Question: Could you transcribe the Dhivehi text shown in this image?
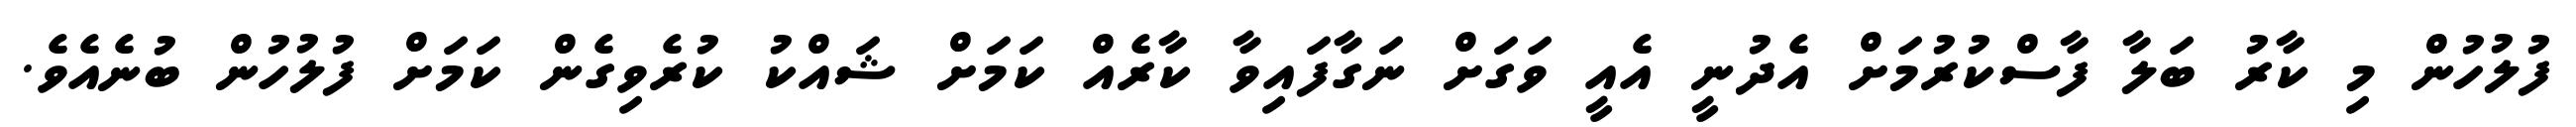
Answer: ފުލުހުން މި ކާރު ބަލާ ފާސްކުރުމަށް އެދުނީ އެއީ ވަގަށް ނަގާފައިވާ ކާރެއް ކަމަށް ޝައްކު ކުރެވިގެން ކަމަށް ފުލުހުން ބުނެއެވެ.